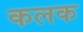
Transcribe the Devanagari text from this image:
कलक